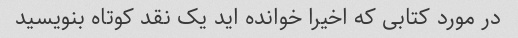
در مورد کتابی که اخیرا خوانده اید یک نقد کوتاه بنویسید